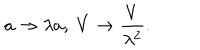
LaTeX: a \to \lambda a , \ V \to \frac { V } { \lambda ^ { 2 } } .